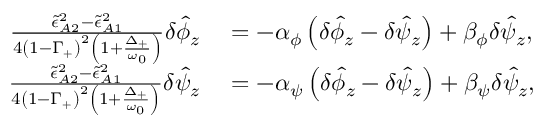
\begin{array} { r l } { \frac { \tilde { \epsilon } _ { A 2 } ^ { 2 } - \tilde { \epsilon } _ { A 1 } ^ { 2 } } { 4 \left( 1 - \Gamma _ { + } \right) ^ { 2 } \left( 1 + \frac { \Delta _ { + } } { \omega _ { 0 } } \right) } \delta \hat { \phi } _ { z } } & { { } = - \alpha _ { \phi } \left( \delta \hat { \phi } _ { z } - \delta \hat { \psi } _ { z } \right) + \beta _ { \phi } \delta \hat { \psi } _ { z } , } \\ { \frac { \tilde { \epsilon } _ { A 2 } ^ { 2 } - \tilde { \epsilon } _ { A 1 } ^ { 2 } } { 4 \left( 1 - \Gamma _ { + } \right) ^ { 2 } \left( 1 + \frac { \Delta _ { + } } { \omega _ { 0 } } \right) } \delta \hat { \psi } _ { z } } & { { } = - \alpha _ { \psi } \left( \delta \hat { \phi } _ { z } - \delta \hat { \psi } _ { z } \right) + \beta _ { \psi } \delta \hat { \psi } _ { z } , } \end{array}